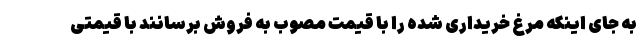
به جای اینکه مرغ خریداری شده را با قیمت مصوب به فروش برسانند با قیمتی